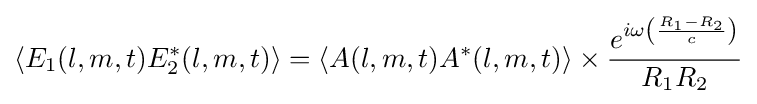
\langle E_{1}(l,m,t)E_{2}^{*}(l,m,t)\rangle =\langle A(l,m,t)A^{*}(l,m,t)\rangle \times {\frac {e^{i\omega \left({\frac {R_{1}-R_{2}}{c}}\right)}}{R_{1}R_{2}}}